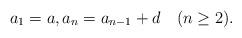
LaTeX: \begin{align*}a_1=a, a_n=a_{n-1}+d \quad(n\geq2).\end{align*}